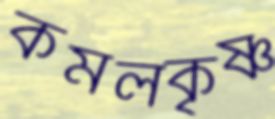
কমলকৃষ্ণ